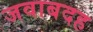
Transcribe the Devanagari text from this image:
जवाबदह